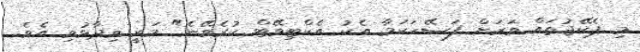
މި ޕެކޭޖުތައް ވަރަށް ފަސޭހަކަމާ އެކު އެކްޓިވޭޓް ކުރެވޭނެ" މަރީ ވިދާޅުވި އެވެ.